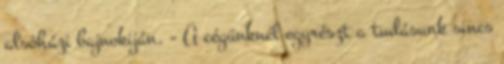
alsóházi bajnokiján. - A cégünknél egyrészt a tudásunk sincs